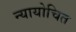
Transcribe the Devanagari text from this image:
न्‍यायोचित